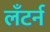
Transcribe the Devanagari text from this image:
लँटर्न